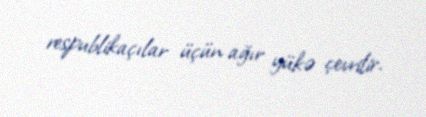
respublikaçılar üçün ağır yükə çevrilir.